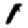
Digit: 1